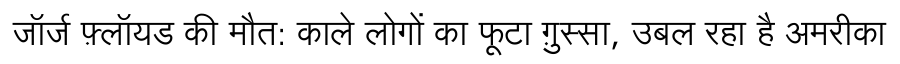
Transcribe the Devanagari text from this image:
जॉर्ज फ़्लॉयड की मौत: काले लोगों का फूटा ग़ुस्सा, उबल रहा है अमरीका